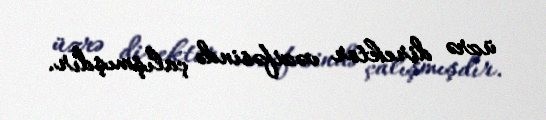
üzrə direktor vəzifəsində çalışmışdır.